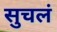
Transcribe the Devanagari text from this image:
सुचलं